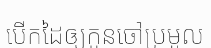
បើកដៃឲ្យកូនចៅប្រមូល